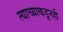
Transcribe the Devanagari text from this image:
त्याच्याकडूनही